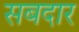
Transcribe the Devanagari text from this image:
सबदार